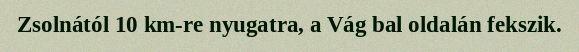
Zsolnától 10 km-re nyugatra, a Vág bal oldalán fekszik.